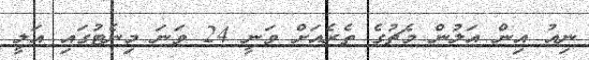
ނިއު އިން އަލުން މެޗުގެ ތެރެއަށް ވަނީ 24 ވަނަ މިނެޓުގައި އަލީ